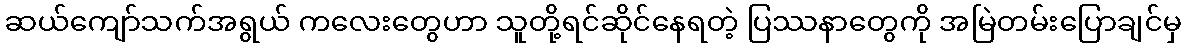
ဆယ်ကျော်သက်အရွယ် ကလေးတွေဟာ သူတို့ရင်ဆိုင်နေရတဲ့ ပြဿနာတွေကို အမြဲတမ်းပြောချင်မှ